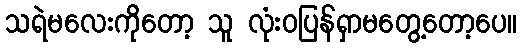
သရဲမလေးကိုတော့ သူ လုံးဝပြန်ရှာမတွေ့တော့ပေ။